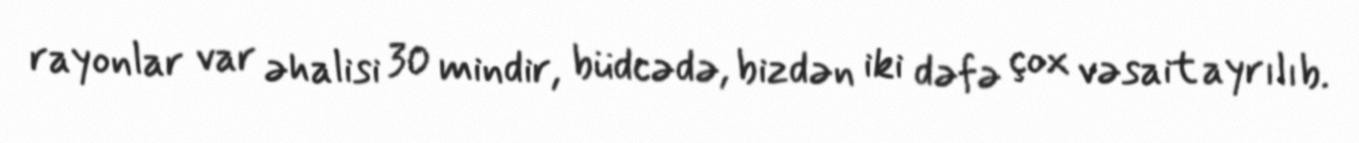
rayonlar var əhalisi 30 mindir, büdcədə, bizdən iki dəfə çox vəsait ayrılıb.